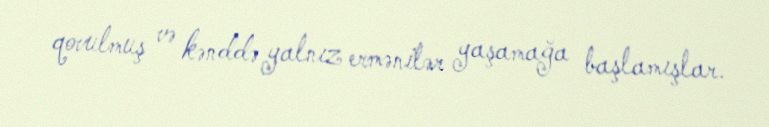
qovulmuş və kənddə yalnız ermənilər yaşamağa başlamışlar.